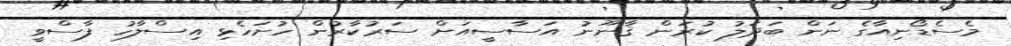
މެސެޑޯނިއާގެ ނަން ބަދަލު ކުރަން ޤާނޫނު އަސާސީއަށް ސަރުކާރުން ހުށަހެޅި އިސްލާހު ފާސްވީ